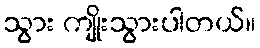
သွား ကျိုးသွားပါတယ်။